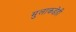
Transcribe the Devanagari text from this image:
मुलाकडेही